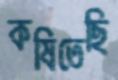
কষিতেছি